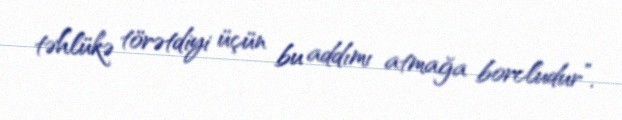
təhlükə törətdiyi üçün bu addımı atmağa borcludur”.